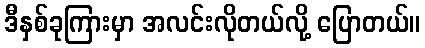
ဒီနှစ်ခုကြားမှာ အလင်းလိုတယ်လို့ ပြောတယ်။